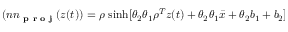
( n n _ { \textbf { p r o j } } ( z ( t ) ) = \rho \, \sinh [ \theta _ { 2 } \theta _ { 1 } \rho ^ { T } z ( t ) + \theta _ { 2 } \theta _ { 1 } \bar { x } + \theta _ { 2 } b _ { 1 } + b _ { 2 } ]